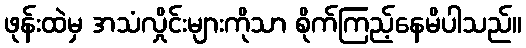
ဖုန်းထဲမှ အသံလှိုင်းများကိုသာ စိုက်ကြည့်နေမိပါသည်။